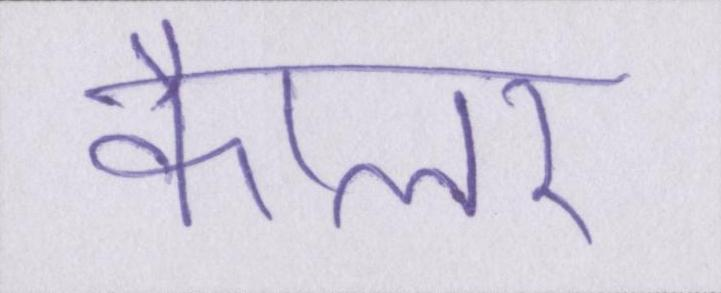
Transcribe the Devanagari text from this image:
कैप्लर